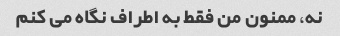
نه، ممنون من فقط به اطراف نگاه می کنم